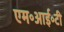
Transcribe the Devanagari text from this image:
एम॰आई॰टी